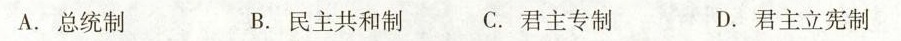
A.总统制 B.民主共和制 C.君主专制 D.君主立宪制